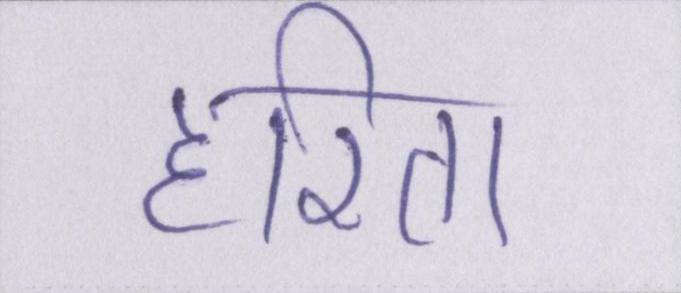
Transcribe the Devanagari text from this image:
हरिता